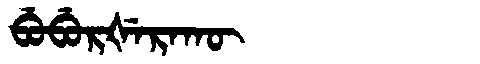
Manchu: ᠪᡠᠪᡠᡵᡧᡝᡵᠠᡴᡡ
Romanization: BUBURŠERAKŪ